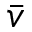
\bar { v }